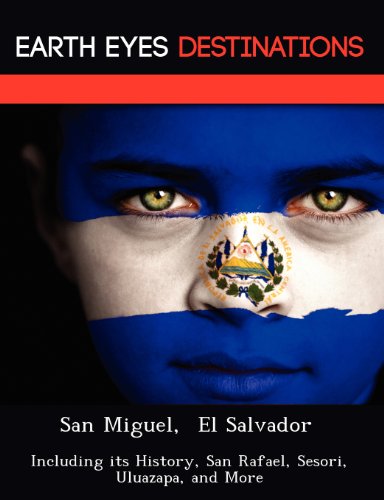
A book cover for San Miguel,  El Salvador: Including its History, San Rafael, Sesori, Uluazapa, and More; Sam Night; Travel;